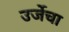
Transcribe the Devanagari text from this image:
उर्जेचा